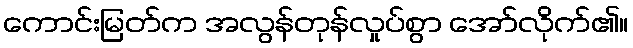
ကောင်းမြတ်က အလွန်တုန်လှုပ်စွာ အော်လိုက်၏။